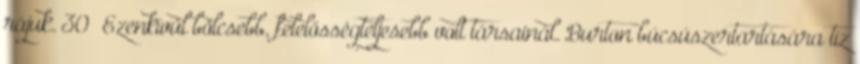
rájuk. 30 Ezenkívül bölcsebb, felelősségteljesebb volt társainál. Burton búcsúszertartására tíz